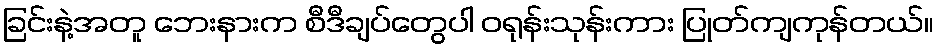
ခြင်းနဲ့အတူ ဘေးနားက စီဒီချပ်တွေပါ ဝရုန်းသုန်းကား ပြုတ်ကျကုန်တယ်။